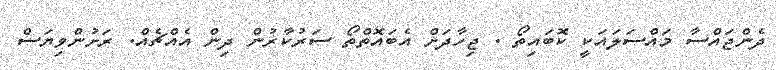
ދެންޖައްސާ މައްސަލައަކީ ކޮބައިތޯ . ޖިހާދަށް އެބައޮތްތޯ ސަރުކާރުން ދިން އެއްޗެއް. ރަށުންވިޔަސް